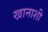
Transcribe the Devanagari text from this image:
खानाशी